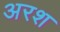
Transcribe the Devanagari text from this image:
अरश